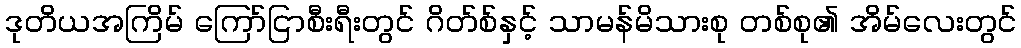
ဒုတိယအကြိမ် ကြော်ငြာစီးရီးတွင် ဂိတ်စ်နှင့် သာမန်မိသားစု တစ်စု၏ အိမ်လေးတွင်